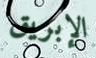
الإبريق